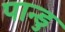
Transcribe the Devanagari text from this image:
पान्डु